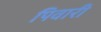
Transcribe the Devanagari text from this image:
पिवारी